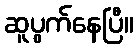
ဆူပွက်နေပြီ။